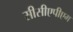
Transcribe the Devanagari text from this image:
सीसीएपीएम